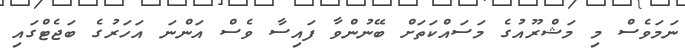
ނަމަވެސް މި މަޝްރޫއުގެ މަސައްކަތަށް ބޭނުންވާ ފައިސާ ވެސް އަންނަ އަހަރުގެ ބަޖެޓްގައި